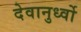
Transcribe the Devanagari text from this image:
देवानुर्ध्वो